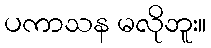
ပကာသန မလိုဘူး။